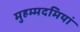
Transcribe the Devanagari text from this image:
मुहम्मदमियां